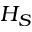
H _ { S }